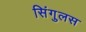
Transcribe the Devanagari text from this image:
सिंगुलस